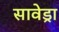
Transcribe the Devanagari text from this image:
सावेड्रा